Report of the Bombay Plague Committee
Disease focus: Plague
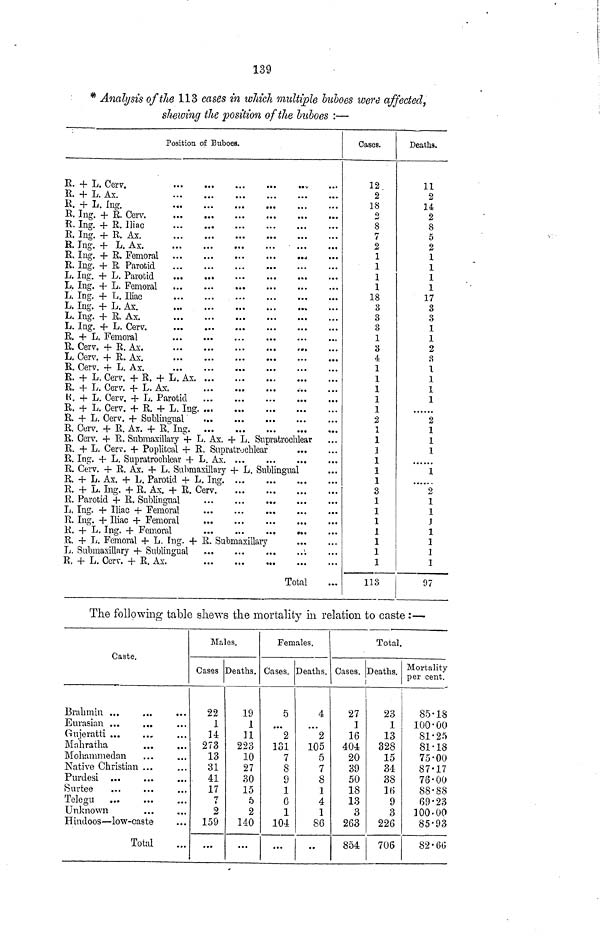
139
* Analysis of the 113 cases in which multiple buboes were affected,
showing the position of the buboes :—
Position of Buboes.
R. + L Cerv
R. + L Ax
R + L
Ing.
R.. Ing. + R. Ax
...
R. Ing. + R. Parotid
.
...
...
R. Cerv
+
R.
Ax.
*
L.
Cerv
+
R.
Ax
R + L Cerv + R. + L. Ax. ...
...
...
...
R
+
L
Cerv
+
L.
Ax.
R + L Cerv + L Parotid
R + L Cerv + R. + L. Ing... ...
...
...
R. Cerv + R. Ax +
R.
Ing.
R. Cerv. + R. Submaxillary + L. Ax. + L. Supratrochlear
R.+ L. Cerv. + Popliteal + R. Supratrochlear
R. Cerv. + R. Ax. + L. Submaxillary + L. Sublingual
R. + L. Ax.+ L. Parotid 4
+L.
Ing.
R. + L. Ing. +R. Ax + R. Cerv
R. Parotid + R. Sublingual
...
..
...
...
...
E. + L. Femoral 4- L. Ing. 4- E. Submaxillary
E 4- L Cerv. 4- E Ax.
Total
Cases.
12
2
18
o
8
7
2
1
1
1
1
18
3
3
3
1
3
4
1
1
1
1
1
2
1
1
1
1
1
1
3
1
1
1
1
1
1
1
113
Deaths.
11
2
14
2
8
5
2
1
1
1
1
17
3
3
1
1
2
3
1
1
1
1
2
1
1
1
1
2
1
1
J
1
1
1
1
97
The following table shews the mortality in relation to caste :—
PlQ + A
Brahmin ...
Eurasian ...
Gujeratti ...
Mahratha
Mohammedan
Native Christian ...
Purdesi
Surtee
Telegu
Unknown
Hindoos — low-caste
Total
Males.
Cases
22
1
14
273
13
31
41
17
i
2
159
• •*
Deaths.
19
1
11
223
10
27
30
15
5
2
140
...
Females.
Cases.
5
2
131
7
8
9
1
6
1
104
...
Deaths.
4
2
105
5
7
8
1
4
1
86
• •
Total.
Cases.
i
27
1
16
404
20
39
50
18
13
3
263
854
Deaths.
23
1
13
328
15
34
38
1«
9
3
226
706
Mortality
per cent.
85-18
100-00
81-25
81-18
75-00
87-17
76-00
88-88
69-23
100-00
85-93
82-60